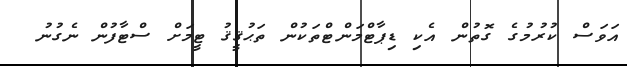
އަވަސް ކުރުމުގެ ގޮތުން އެކި ޑިޕާޓްމަންޓްތަކުން ތަޙުޤީޤު ޓީމަށް ސްޓާފުން ނެގުނު